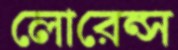
লোরেন্স